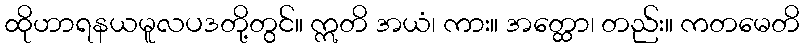
ထိုဟာရနယမူလပဒတို့တွင်။ ဣတိ အယံ၊ ကား။ အတ္ထော၊ တည်း။ ကတမေတိ